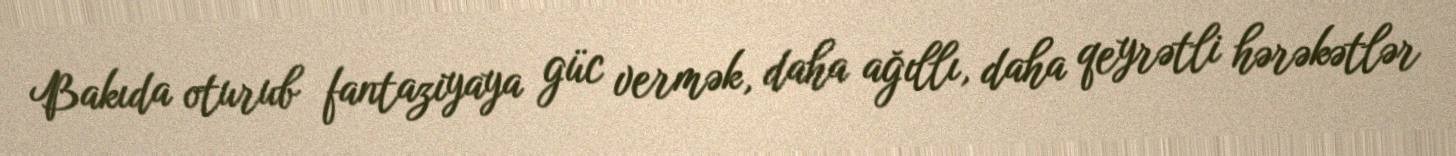
Bakıda oturub fantaziyaya güc vermək, daha ağıllı, daha qeyrətli hərəkətlər